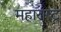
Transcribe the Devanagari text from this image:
महाराष्ट्र